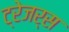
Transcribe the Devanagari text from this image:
ट्रेजर्स